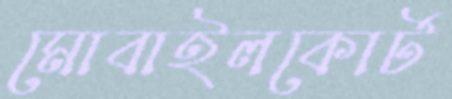
মোবাইলকোর্ট